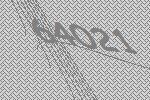
64021